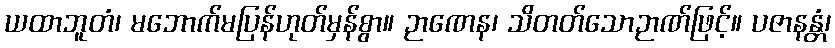
ယထာဘူတံ၊ မဘောက်မပြန်ဟုတ်မှန်စွာ။ ဉာဏေန၊ သိတတ်သောဉာဏ်ဖြင့်။ ပဇာနန္တံ၊